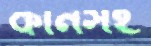
কানসহ